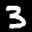
Label: 3